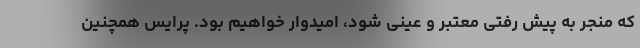
که منجر به پیش رفتی معتبر و عینی شود، امیدوار خواهیم بود. پرایس همچنین